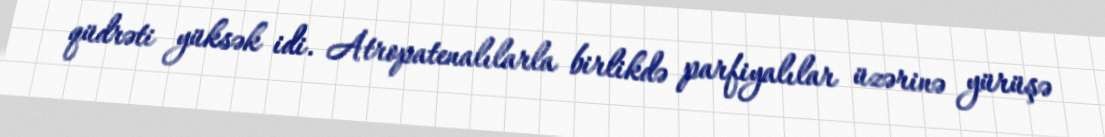
qüdrəti yüksək idi. Atropatenalılarla birlikdə parfiyalılar üzərinə yürüşə